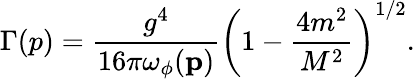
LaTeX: \Gamma(p)=\frac{g^{4}}{16\pi\omega_{\phi}({\mathbf p})}\left(1-\frac{4m^{2}}{M^{2}}\right)^{1/2}.